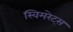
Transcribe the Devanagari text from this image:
स्विमरेट्स